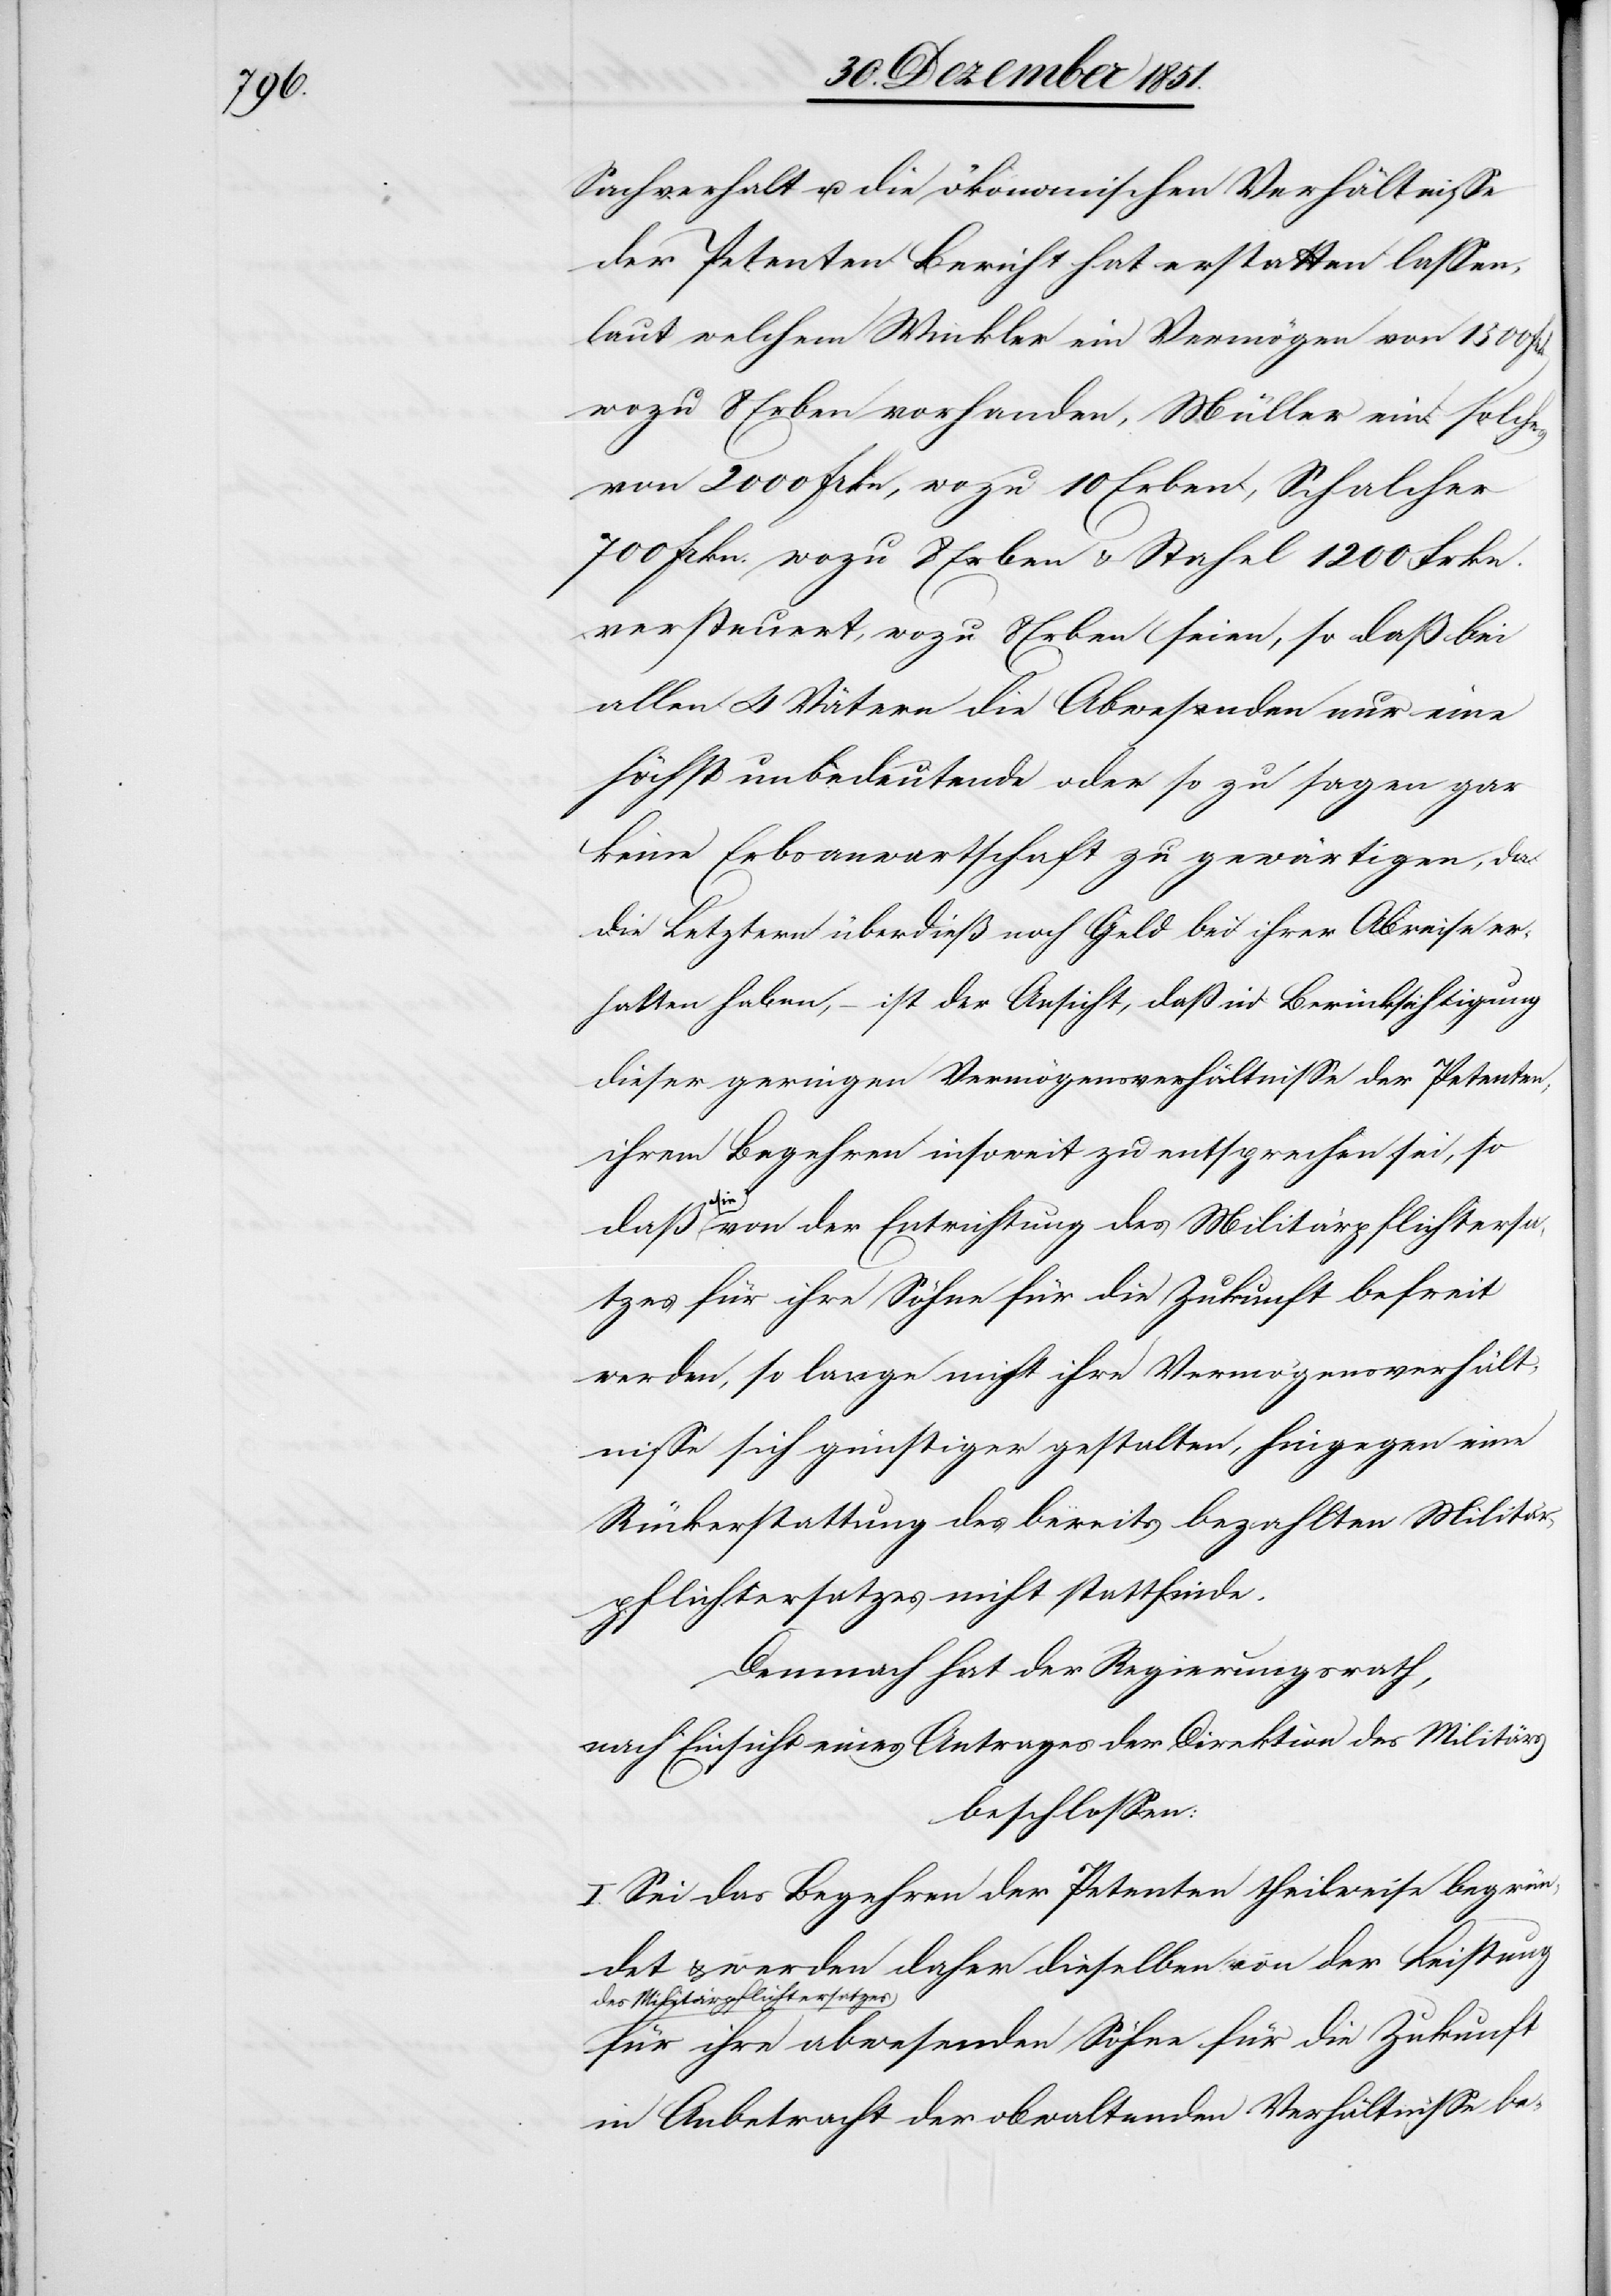
Sachverhalt u. die ökonomischen Verhältnisse
der Petenten Bericht hat erstatten lassen,
laut welchem Winkler ein Vermögen von 1500 fr.
wozu 8 Erben vorhanden, Müller ein solches
von 2000 frkn, wozu 10 Erben, Schalcher
700 frkn. wozu 8 Erben & Stahel 1200 Frkn.
versteuert, wozu 8 Erben seien, so daß bei
allen 4 Vätern die Abwesenden nur eine
höchst unbedeutende oder so zu sagen gar
keine Erbsanwartschaft zu gewärtigen, da
die Letztern überdieß noch Geld bei ihrer Abreise er¬
halten haben, – ist der Ansicht, daß in Berücksichtigung
dieser geringen Vermögensverhältnisse der Petenten,
ihrem Begehren insoweit zu entsprechen sei, so
daß sie von der Entrichtung des Militärpflichtersa¬
tzes für ihre Söhne für die Zukunft befreit
werden, so lange nicht ihre Vermögensverhält¬
nisse sich günstiger gestalten, hingegen eine
Rückerstattung des bereits bezahlten Militär¬
pflichtersatzes nicht stattfinde.
Demnach hat der Regierungsrath,
nach Einsicht eines Antrages der Direktion des Militärs
beschlossen:
I. Sei das Begehren der Petenten theilweise begrün¬
det & werden daher dieselben von der Leistung
des Militärpflichtersatzes
für ihre abwesenden Söhne für die Zukunft
in Anbetracht der obwaltenden Verhältnisse be-